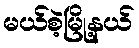
မယ်စဲ့မြို့နယ်